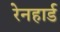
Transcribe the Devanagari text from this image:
रेनहार्ड